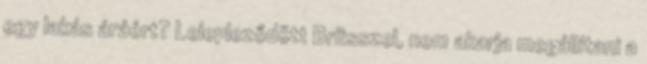
egy lakás áráért? Lelepleződött Brüsszel, nem akarja megállítani a